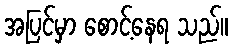
အပြင်မှာ စောင့်နေရ သည်။